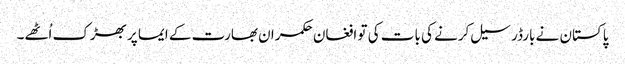
پاکستان نے بارڈر سیل کرنے کی بات کی تو افغان حکمران بھارت کے ایما پر بھڑک اُٹھے۔